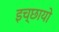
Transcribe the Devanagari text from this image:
इच्छायो